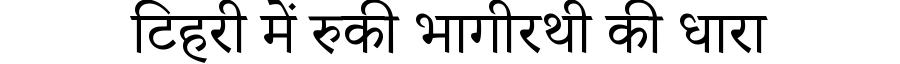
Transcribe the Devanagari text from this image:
टिहरी में रुकी भागीरथी की धारा